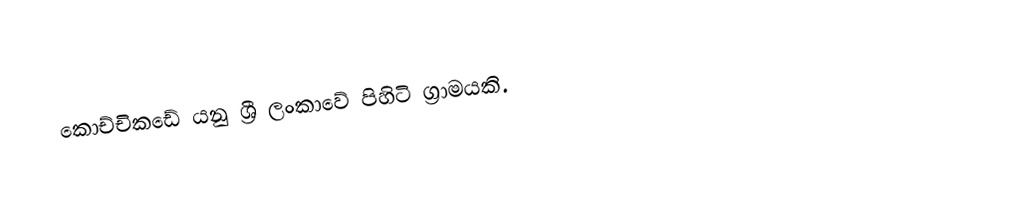
කොච්චිකඩේ යනු ශ්‍රී ලංකාවේ පිහිටි ග්‍රාමයකි.